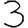
Digit: 3